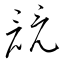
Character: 竸